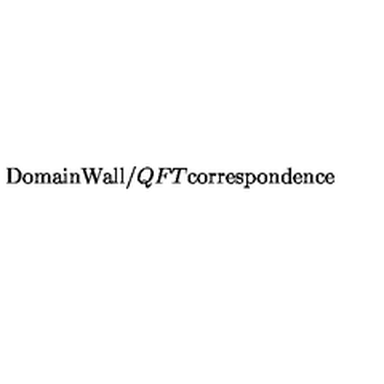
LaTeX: \mathrm { D o m a i n W a l l } / Q F T \mathrm { c o r r e s p o n d e n c e }